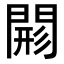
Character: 𨴸